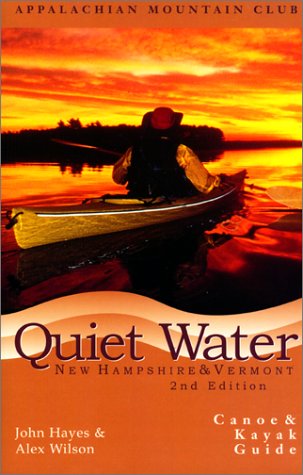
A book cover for Quiet Water New Hampshire & Vermont:Canoe & Kayak Guide; John Hayes; Travel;